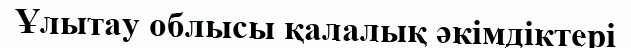
Ұлытау облысы қалалық әкімдіктері